Civil Veterinary Department. Madras. Admin. report 1926-33 - 1926-1933
Year: 1926
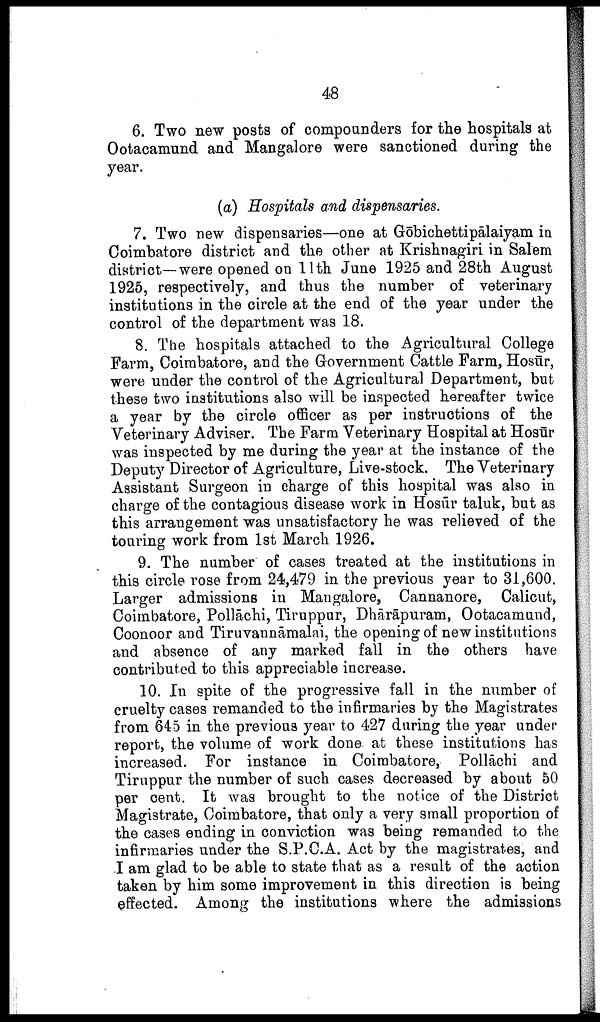
48
6. Two new posts of compounders for the hospitals at
Ootacamund and Mangalore were sanctioned during the
year.
(a) Hospitals and dispensaries.
7. Two new dispensaries—one at Gōbichettipālaiyam in
Coimbatore district and the other at Krishnagiri in Salem
district—were opened on 11th June 1925 and 28th August
1925, respectively, and thus the number of veterinary
institutions in the circle at the end of the year under the
control of the department was 18.
8. The hospitals attached to the Agricultural College
Farm, Coimbatore, and the Government Cattle Farm, Hosur,
were under the control of the Agricultural Department, but
these two institutions also will be inspected hereafter twice
a year by the circle officer as per instructions of the
Veterinary Adviser. The Farm Veterinary Hospital at Hosur
was inspected by me during the year at the instance of the
Deputy Director of Agriculture, Live-stock. The Veterinary
Assistant Surgeon in charge of this hospital was also in
charge of the contagious disease work in Hosūr taluk, but as
this arrangement was unsatisfactory he was relieved of the
touring work from 1st March 1926.
9. The number of cases treated at the institutions in
this circle rose from 24,479 in the previous year to 31,600.
Larger admissions in Mangalore, Cannanore, Calicut,
Coimbatore, Pollāchi, Tiruppur, Dhārāpuram, Ootacamund,
Coonoor and Tiruvannāmalai, the opening of new institutions
and absence of any marked fall in the others have
contributed to this appreciable increase.
10. In spite of the progressive fall in the number of
cruelty cases remanded to the infirmaries by the Magistrates
from 645 in the previous year to 427 during the year under
report, the volume of work done at these institutions has
increased. For instance in Coimbatore, Pollāchi and
Tiruppur the number of such cases decreased by about 50
per cent. It was brought to the notice of the District
Magistrate, Coimbatore, that only a very small proportion of
the cases ending in conviction was being remanded to the
infirmaries under the S.P.C.A. Act by the magistrates, and
I am glad to be able to state that as a result of the action
taken by him some improvement in this direction is being
effected. Among the institutions where the admissions